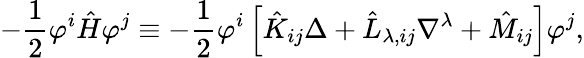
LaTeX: -\frac{1}{2}\varphi^{i}\hat{H}\varphi^{j}\equiv-\frac{1}{2}\varphi^{i}\left[\hat{K}_{ij}\Delta+\hat{L}_{\lambda,ij}\nabla^{\lambda}+\hat{M}_{ij}\right]\varphi^{j},